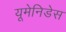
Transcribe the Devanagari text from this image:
यूमेनिडेस